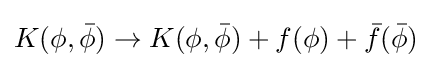
K(\phi ,{\bar {\phi }})\rightarrow K(\phi ,{\bar {\phi }})+f(\phi )+{\bar {f}}({\bar {\phi }})